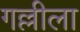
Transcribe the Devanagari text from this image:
गल्लीला